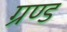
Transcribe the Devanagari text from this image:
ग्रण्ड